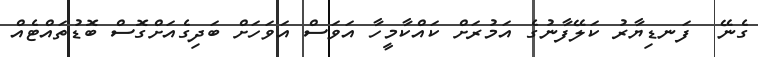
ގެނޭ  ފަނޑިޔާރު ކަލޭފާނުގެ އަމުރަށް ކައްކާމީހާ އަވަސް އަވަހަށް ބަދިގެއަށްގޮސް ބޮޑުތައްޓެއް